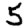
Digit: 5